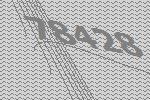
78428